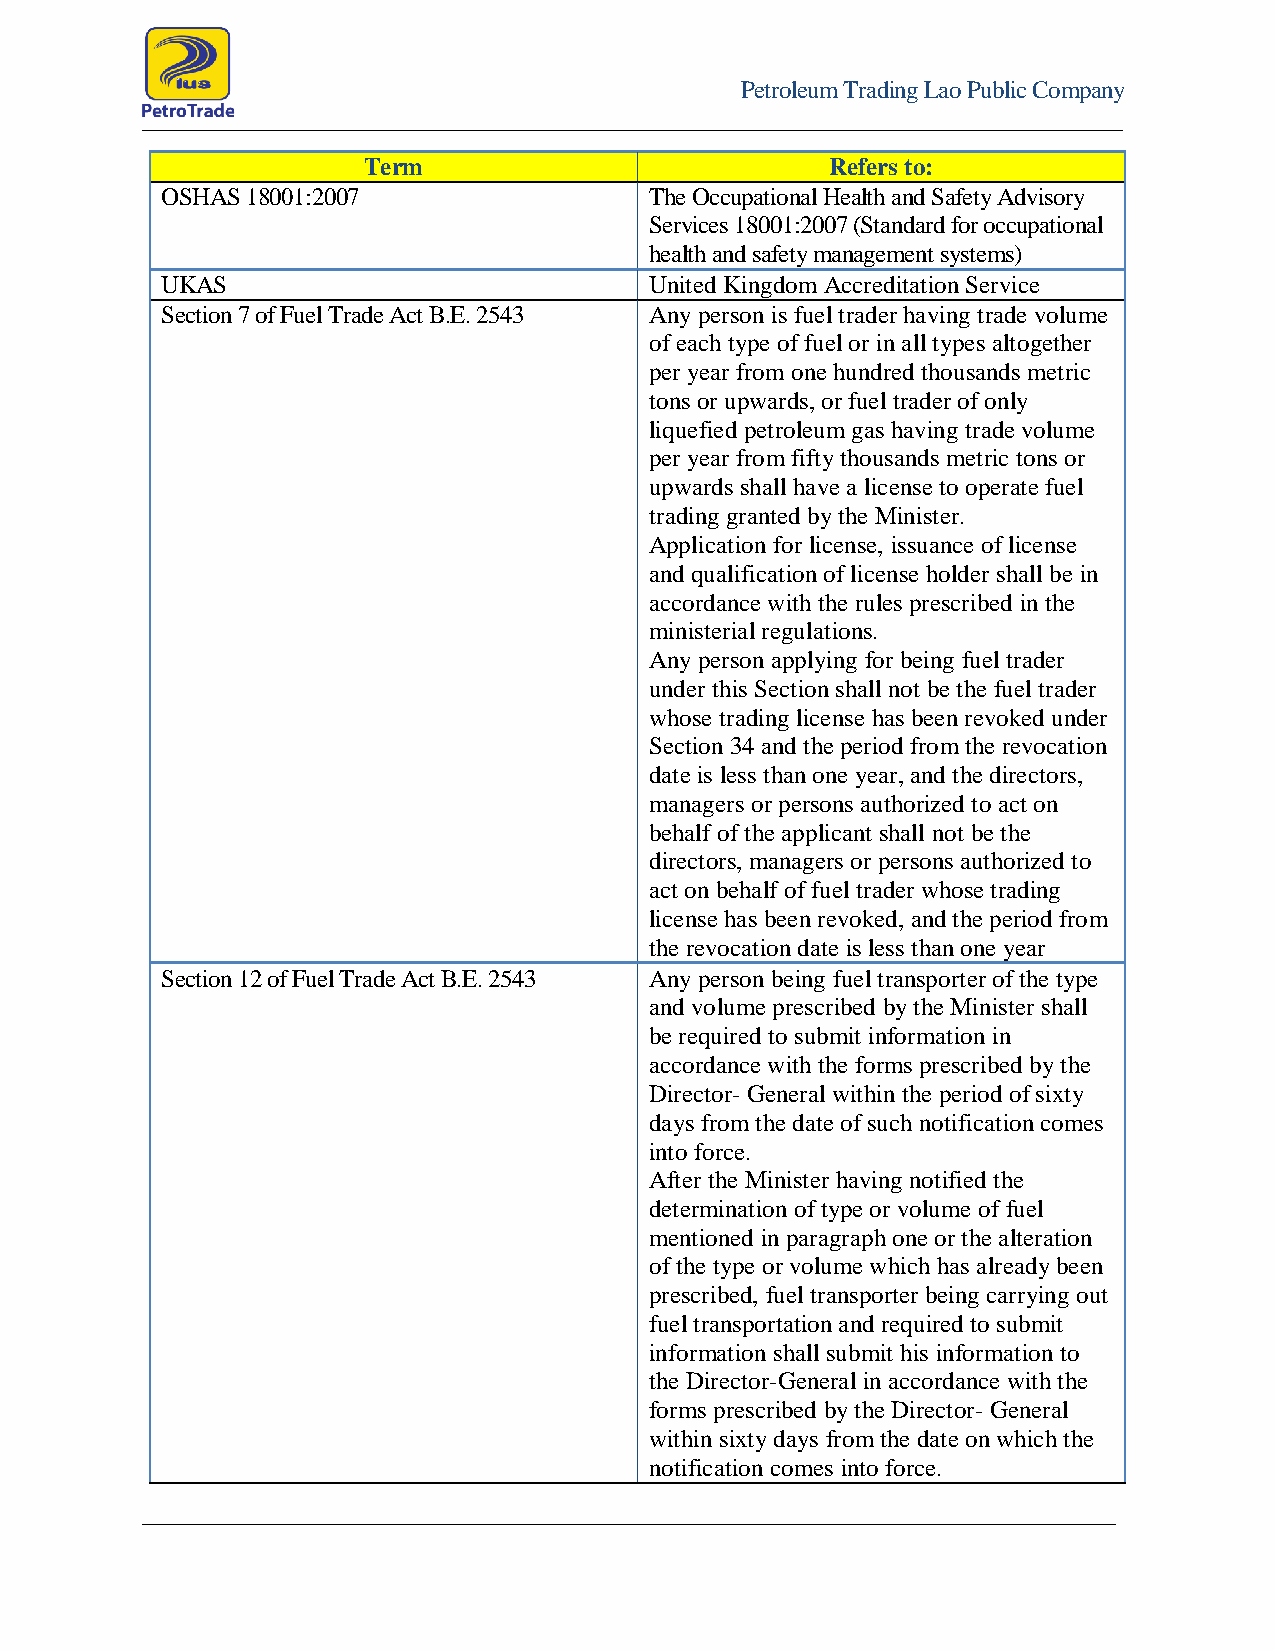
Petroleum Trading Lao Public Company
 Term                           Refers to:
 OSHAS 18001:2007                The Occupational Health and Safety Advisory
 Services 18001:2007 (Standard for occupational
 health and safety management systems)
 UKAS                            United Kingdom Accreditation Service
 Section 7 of Fuel Trade Act B.E. 2543 Any person is fuel trader having trade volume
 of each type of fuel or in all types altogether
 per year from one hundred thousands metric
 tons or upwards, or fuel trader of only
 liquefied petroleum gas having trade volume
 per year from fifty thousands metric tons or
 upwards shall have a license to operate fuel
 trading granted by the Minister.
 Application for license, issuance of license
 and qualification of license holder shall be in
 accordance with the rules prescribed in the
 ministerial regulations.
 Any person applying for being fuel trader
 under this Section shall not be the fuel trader
 whose trading license has been revoked under
 Section 34 and the period from the revocation
 date is less than one year, and the directors,
 managers or persons authorized to act on
 behalf of the applicant shall not be the
 directors, managers or persons authorized to
 act on behalf of fuel trader whose trading
 license has been revoked, and the period from
 the revocation date is less than one year
 Section 12 of Fuel Trade Act B.E. 2543 Any person being fuel transporter of the type
 and volume prescribed by the Minister shall
 be required to submit information in
 accordance with the forms prescribed by the
 Director- General within the period of sixty
 days from the date of such notification comes
 into force.
 After the Minister having notified the
 determination of type or volume of fuel
 mentioned in paragraph one or the alteration
 of the type or volume which has already been
 prescribed, fuel transporter being carrying out
 fuel transportation and required to submit
 information shall submit his information to
 the Director-General in accordance with the
 forms prescribed by the Director- General
 within sixty days from the date on which the
 notification comes into force.